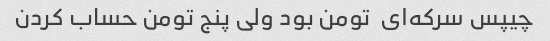
چیپس سرکه‌ای  تومن بود ولی پنج تومن حساب کردن